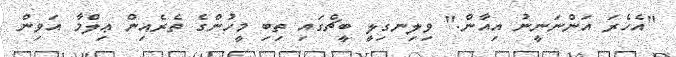
"އެހެރަ އަންނަނީނު އިއާން." ވިލިނގިލީ ބީޗްގައި ތިބި މީހުންގެ ތެރެއިން ޢިލްމާ އަވިން